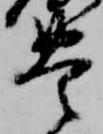
豊